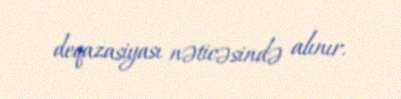
deqazasiyası nəticəsində alınır.